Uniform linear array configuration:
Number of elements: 16
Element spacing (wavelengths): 0.25
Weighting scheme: blackman
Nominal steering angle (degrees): -60
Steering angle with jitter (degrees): -59.009
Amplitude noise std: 0.05
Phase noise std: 0.05

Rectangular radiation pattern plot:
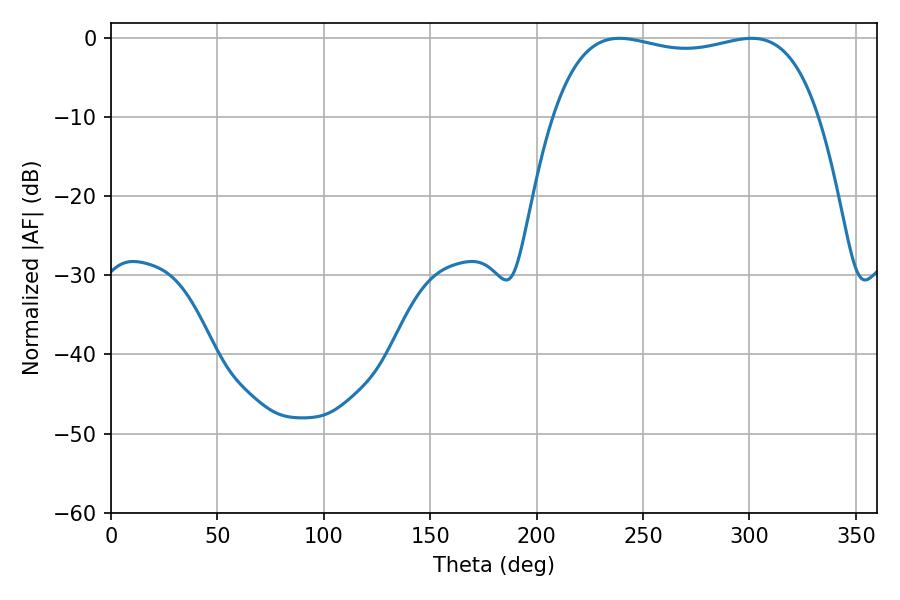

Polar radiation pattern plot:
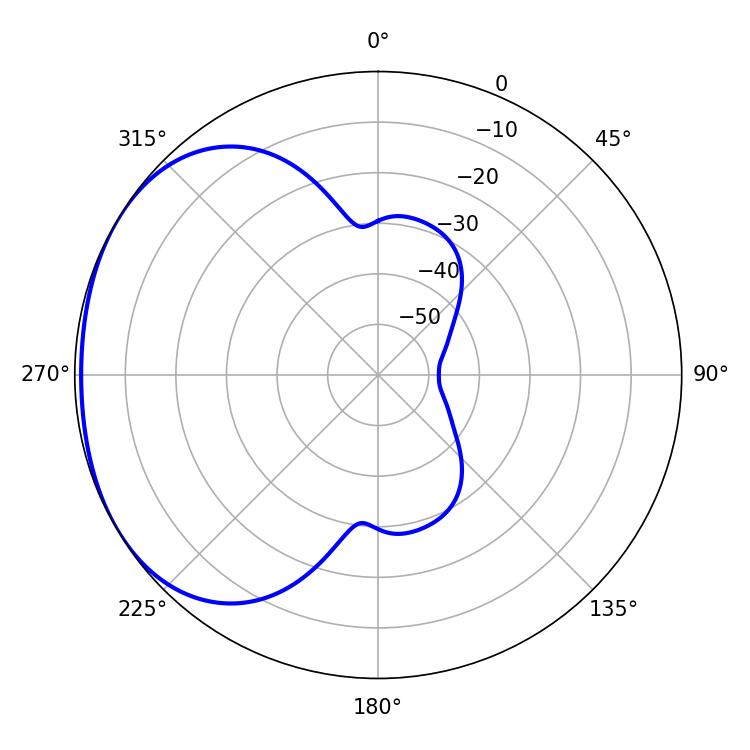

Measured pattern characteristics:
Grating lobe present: FALSE
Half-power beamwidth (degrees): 100.8
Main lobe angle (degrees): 238.86